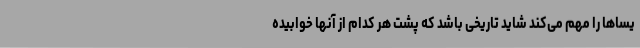
یسا‌ها را مهم می‌کند شاید تاریخی باشد که پشت هر کدام از آنها خوابیده